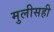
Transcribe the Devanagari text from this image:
मुलीसही